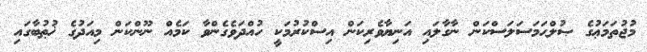
މުޖުތަމަޢުގެ ޞުލްޙަމަސަލަސްކަން ނާގާލައި އަނިޔާވެރިކަން އިސްކުރުމަކީ ހުއްދަވެގެންވާ ކަމެއް ނޫންކަން މިއަދުގެ ޚުޠުބާގައި